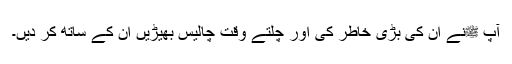
آپ ﷺنے ان کی بڑی خاطر کی اور چلتے وقت چالیس بھیڑیں ان کے ساتھ کر دیں۔